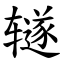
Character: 𫟦